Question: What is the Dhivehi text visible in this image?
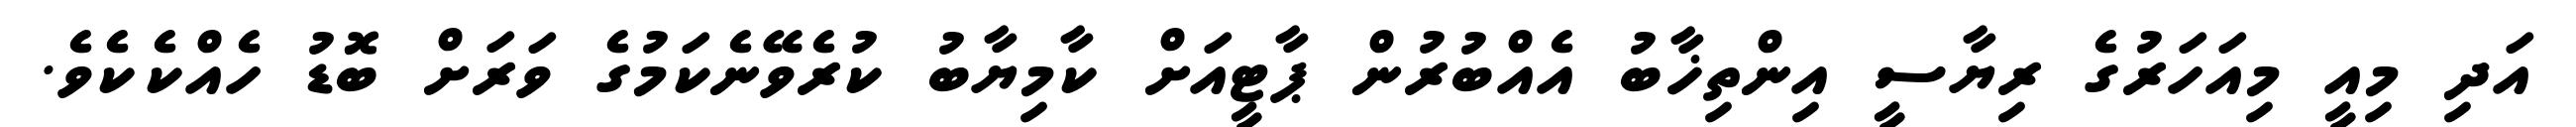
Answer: އަދި މިއީ މިއަހަރުގެ ރިޔާސީ އިންތިޚާބު އެއްބުރުން ޕާޓީއަށް ކާމިޔާބު ކުރެވޭނެކަމުގެ ވަރަށް ބޮޑު ހެއްކެކެވެ.